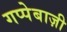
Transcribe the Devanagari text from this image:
गप्पेबाज़ी